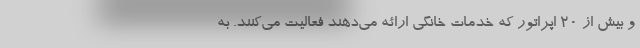
و بیش از ۲۰ اپراتور که خدمات خانگی ارائه می‌دهند فعالیت می‌کنند. به